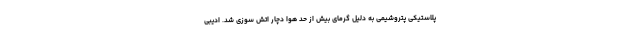
پلاستیکی پتروشیمی به دلیل گرمای بیش از حد هوا دچار اتش سوزی شد. ادیبی